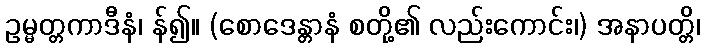
ဥမ္မတ္တကာဒီနံ၊ န်၍။ (စောဒေန္တာနံ စတို့၏ လည်းကောင်း၊) အနာပတ္တိ၊